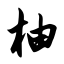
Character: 柚